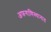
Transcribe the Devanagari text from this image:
अफगाणिस्थानात